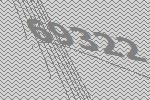
69322